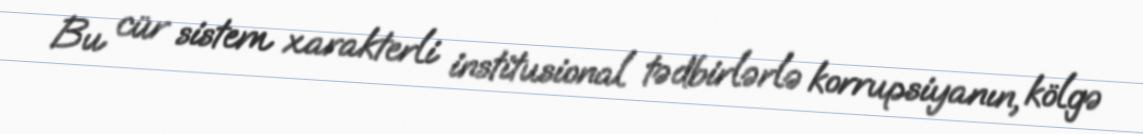
Bu cür sistem xarakterli institusional tədbirlərlə korrupsiyanın, kölgə